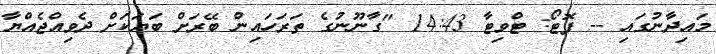
މައިދާނުގައި -- ފޮޓޯ: ޓްވިޓާ 14:43 "ގާނޫނުގެ ތަރަހައިން ބޭރަށް ބަޔަކަށް ދެވިއްޖެއްޔާ